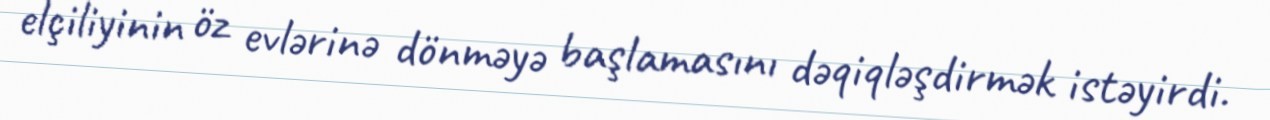
elçiliyinin öz evlərinə dönməyə başlamasını dəqiqləşdirmək istəyirdi.